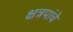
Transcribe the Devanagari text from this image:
क्षत्रपांचे